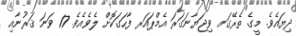
ދިޔައެވެ. މީގެ ތެރޭގައ ވިޖަޔާނަގަރަ އެމްޕައަރ ފާހަގަކޮށް ލެވެއެވެ. 17 ވަނަ ޤަރުނާއި